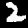
Digit: 2